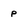
Character: p